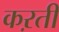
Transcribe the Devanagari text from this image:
कऱती